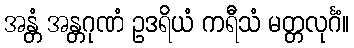
အန္တံ အန္တဂုဏံ ဥဒရိယံ ကရီသံ မတ္တလုင်္ဂံ။